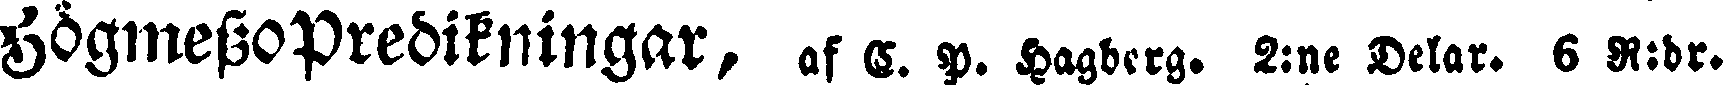
högmessopredikningar, af V. P. Hagberg. 2:ne Delar, 6 R:dr.